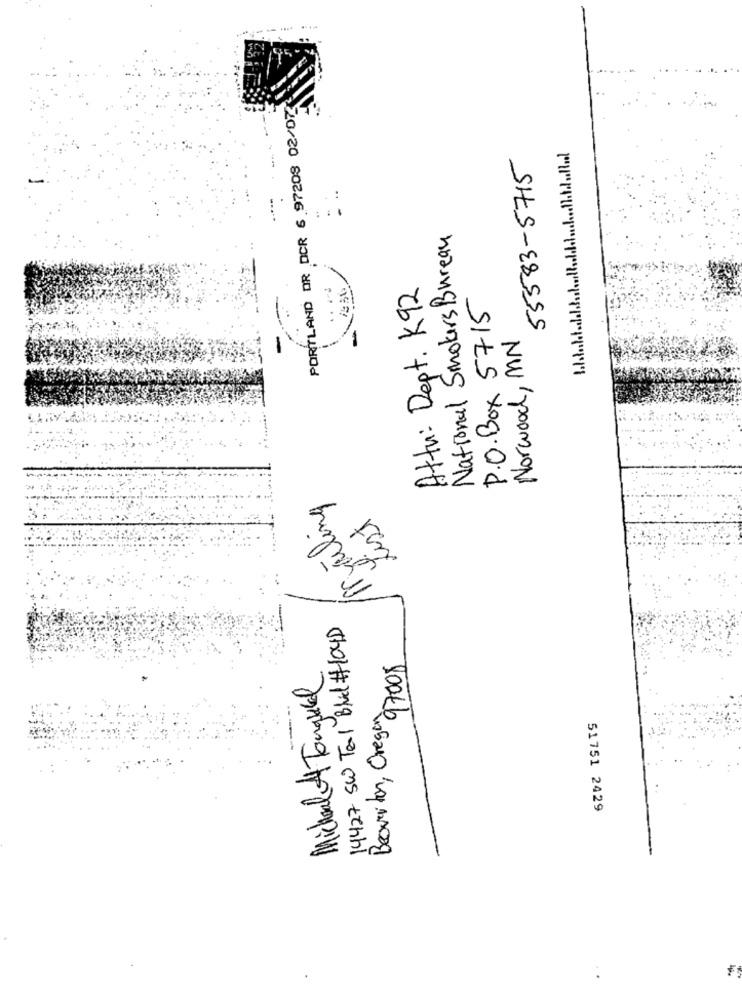
PORTLAND OR DCR 6 97208 02/07
55583-5715
:
National Smokers Bureau
Attu: Dept. K92
P.O.Box 5715
-
Norwood, MN
failing
ist
14427 SW Teal Blid #104D
97008
Micheal A Tonqueel
Beoumiton, Oregon
51751 2429